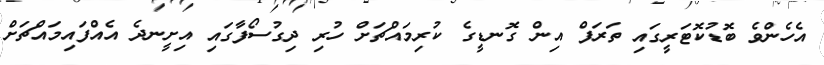
އެހެންވެ ބޮޑުކޮޓަރީގައި ތަރަފް އިން ގޮނޑީގެ ކުރިމައްޗަށް ހުރި ދިގުސޯފާގައި އިށީނދެ އެއްފައިމައްޗަށް